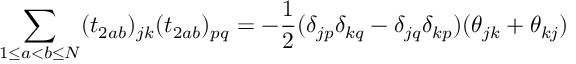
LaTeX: \sum _ { 1 \le a < b \le N } ( t _ { 2 a b } ) _ { j k } ( t _ { 2 a b } ) _ { p q } = - \frac { 1 } { 2 } ( \delta _ { j p } \delta _ { k q } - \delta _ { j q } \delta _ { k p } ) ( \theta _ { j k } + \theta _ { k j } )